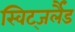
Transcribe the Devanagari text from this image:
स्विट्जर्लैंड